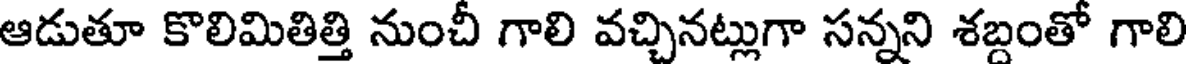
ఆడుతూ కొలిమితిత్తి నుంచీ గాలి వచ్చినట్లుగా సన్నని శబ్దంతో గాలి